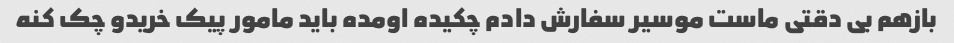
بازهم بی دقتی ماست موسیر سفارش دادم چکیده اومده باید مامور پیک خریدو چک کنه